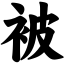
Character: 被